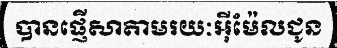
បានផ្ញើសាតាមរយៈអ៊ីម៉ែលជូន